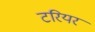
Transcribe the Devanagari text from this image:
टरियर